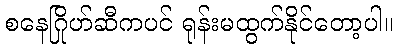
စနေဂြိုဟ်ဆီကပင် ရုန်းမထွက်နိုင်တော့ပါ။